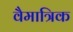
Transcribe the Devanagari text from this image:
वैमात्रिक